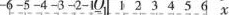
-6 -5 -4 -3 -2 -1 Q -1 1 2 3 4 5 6 x